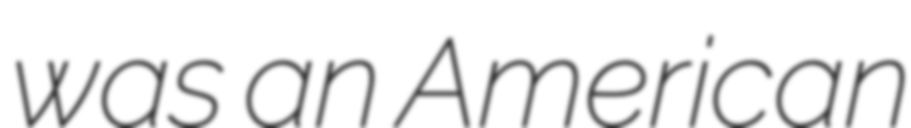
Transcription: was an American